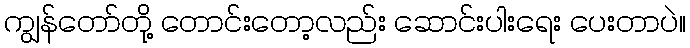
ကျွန်တော်တို့ တောင်းတော့လည်း ဆောင်းပါးရေး ပေးတာပဲ။